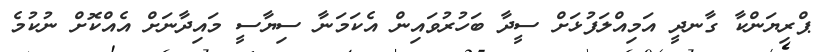
ޕްރިޔަންކާ ގާނދީ އަމިއްލަފުޅަށް ސީދާ ބަހުރުވައިން އެކަމަނާ ސިޔާސީ މައިދާނަށް އެއްކޮށް ނުކުމެ